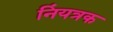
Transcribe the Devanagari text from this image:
निंयत्रक